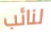
لنائب